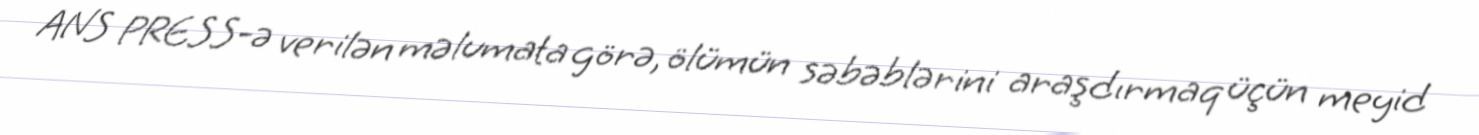
ANS PRESS-ə verilən məlumata görə, ölümün səbəblərini araşdırmaq üçün meyid